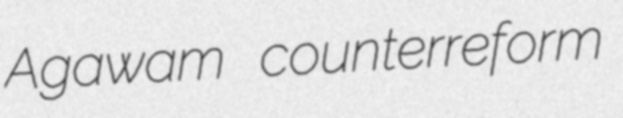
Agawam counterreform